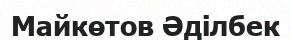
Майкөтов Әділбек